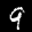
Label: 9